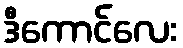
ဒီကောင်လေး